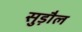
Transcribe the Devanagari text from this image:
सुड़ौल